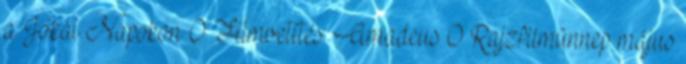
a Jókai Napokon 0 Filmvetítés: Amadeus 0 Rajzfilmünnep május